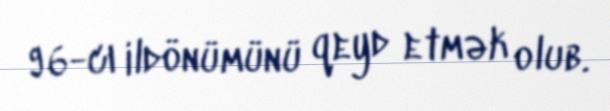
96-cı ildönümünü qeyd etmək olub.